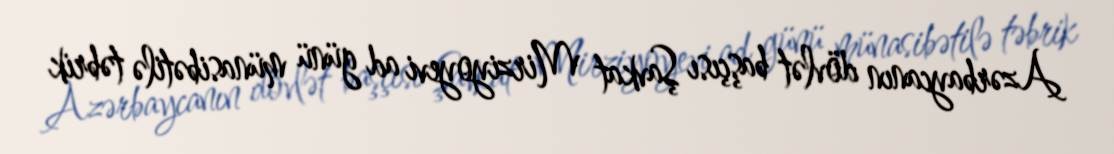
Azərbaycanın dövlət başçısı Şavkat Mirziyoyevi ad günü münasibətilə təbrik